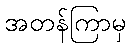
အတန်ကြာမှ